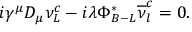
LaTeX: i \gamma ^ { \mu } D _ { \mu } \nu _ { L } ^ { c } - i \lambda \Phi _ { B - L } ^ { * } \overline { { { \nu } } } _ { l } ^ { c } = 0 .